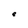
Character: e